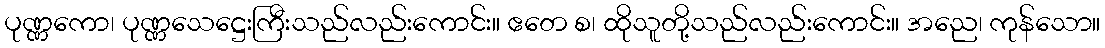
ပုဏ္ဏကော၊ ပုဏ္ဏသေဋ္ဌေးကြီးသည်လည်းကောင်း။ ဧတေ စ၊ ထိုသူတို့သည်လည်းကောင်း။ အညေ၊ ကုန်သော။